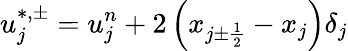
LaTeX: u_{j}^{\ast,\pm}=u_{j}^{n}+2\left(x_{j\pm\frac{1}{2}}-x_{j}\right)\delta_{j}